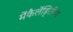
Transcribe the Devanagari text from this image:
मेंकैलेंड्रिनिया